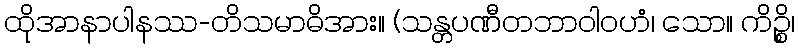
ထိုအာနာပါနဿ-တိသမာဓိအား။ (သန္တပဏီတဘာဝါဝဟံ၊ သော။ ကိဉ္စိ၊